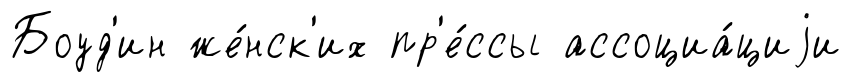
Боуд'ин же́нск'их пр'е́ссы ассоциа́циjи